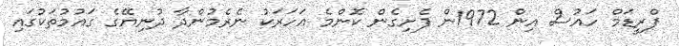
ފްރީޑަމް ހައުސް އިން 1972ން ފެށިގެން ކޮންމެ އަހަރަކު ނެރެމުންދާ ދުނިޔޭގެ ގައުމުތަކުގައި